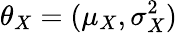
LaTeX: \theta_{X}=(\mu_{X},\sigma_{X}^{2})